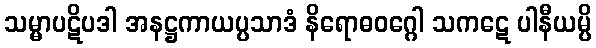
သမ္မာပဋိပဒါ အနဋ္ဌကာယပ္ပသာဒံ နိရောဓဝဂ္ဂေါ သကဋေ ပါနီယမ္ပိ